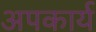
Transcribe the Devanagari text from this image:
अपकार्य